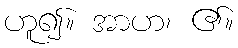
ဟူ၍။ အာဟ၊ ၏။